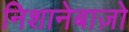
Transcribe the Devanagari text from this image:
निशानेबाज़ो